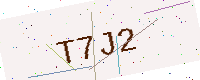
Text: T7J2